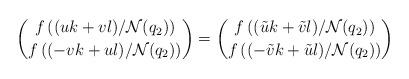
LaTeX: \begin{align*} \binom{f\left((uk+vl)/\mathcal{N}(q_2)\right)}{f\left((-vk+ul)/\mathcal{N}(q_2)\right)} =\binom{f\left((\tilde{u}k+\tilde{v}l)/\mathcal{N}(q_2)\right)}{f\left((-\tilde{v}k+\tilde{u}l)/\mathcal{N}(q_2)\right)}\end{align*}